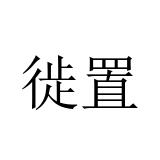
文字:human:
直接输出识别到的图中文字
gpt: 徙置